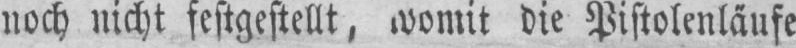
noch nicht festgestellt, womit die Pistolenläufe